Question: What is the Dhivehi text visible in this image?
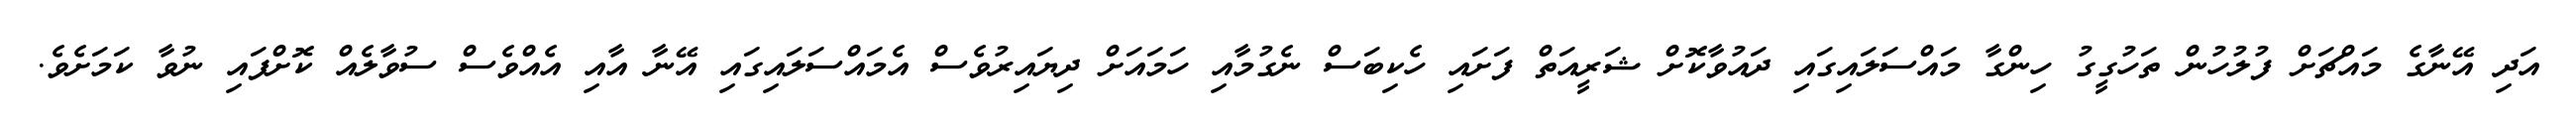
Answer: އަދި އޭނާގެ މައްޗަށް ފުލުހުން ތަހުގީގު ހިންގާ މައްސަލައިގައި ދައުވާކޮށް ޝަރީއަތް ފަށައި ހެކިބަސް ނެގުމާއި ހަމައަށް ދިޔައިރުވެސް އެމައްސަލައިގައި އޭނާ އާއި އެއްވެސް ސުވާލެއް ކޮށްފައި ނުވާ ކަމަށެވެ.